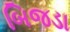
બિજડા